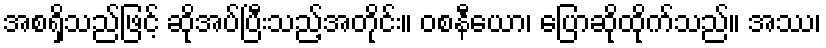
အစရှိသည်ဖြင့် ဆိုအပ်ပြီးသည့်အတိုင်း။ ဝစနီယော၊ ပြောဆိုထိုက်သည်။ အဿ၊